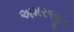
અમરજીત